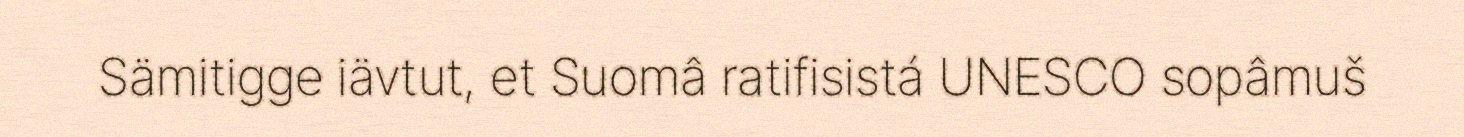
Sämitigge iävtut, et Suomâ ratifisistá UNESCO sopâmuš